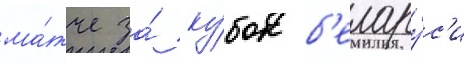
ма́тче за́ ку́бок б'елару́с'и